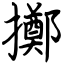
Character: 擲